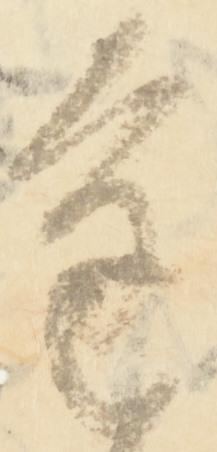
進